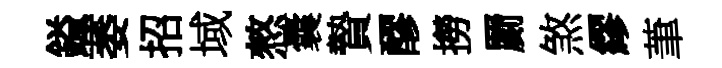
鎰萎招域憗囊贄醪撈罽煞繆茟